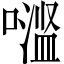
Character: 𱔬